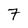
Character: 7